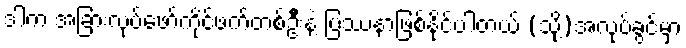
ဒါက အခြားလုပ်ဖော်ကိုင်ဖက်တစ်ဦးနဲ့ ပြဿနာဖြစ်နိုင်ပါတယ် (သို့)အလုပ်ခွင်မှာ